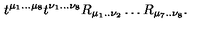
t ^ { \mu _ { 1 } . . . \mu _ { 8 } } t ^ { \nu _ { 1 } . . . \nu _ { 8 } } R _ { \mu _ { 1 } . . \nu _ { 2 } } \ldots R _ { \mu _ { 7 } . . \nu _ { 8 } } .